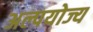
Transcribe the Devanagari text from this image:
अल्पयोज्य